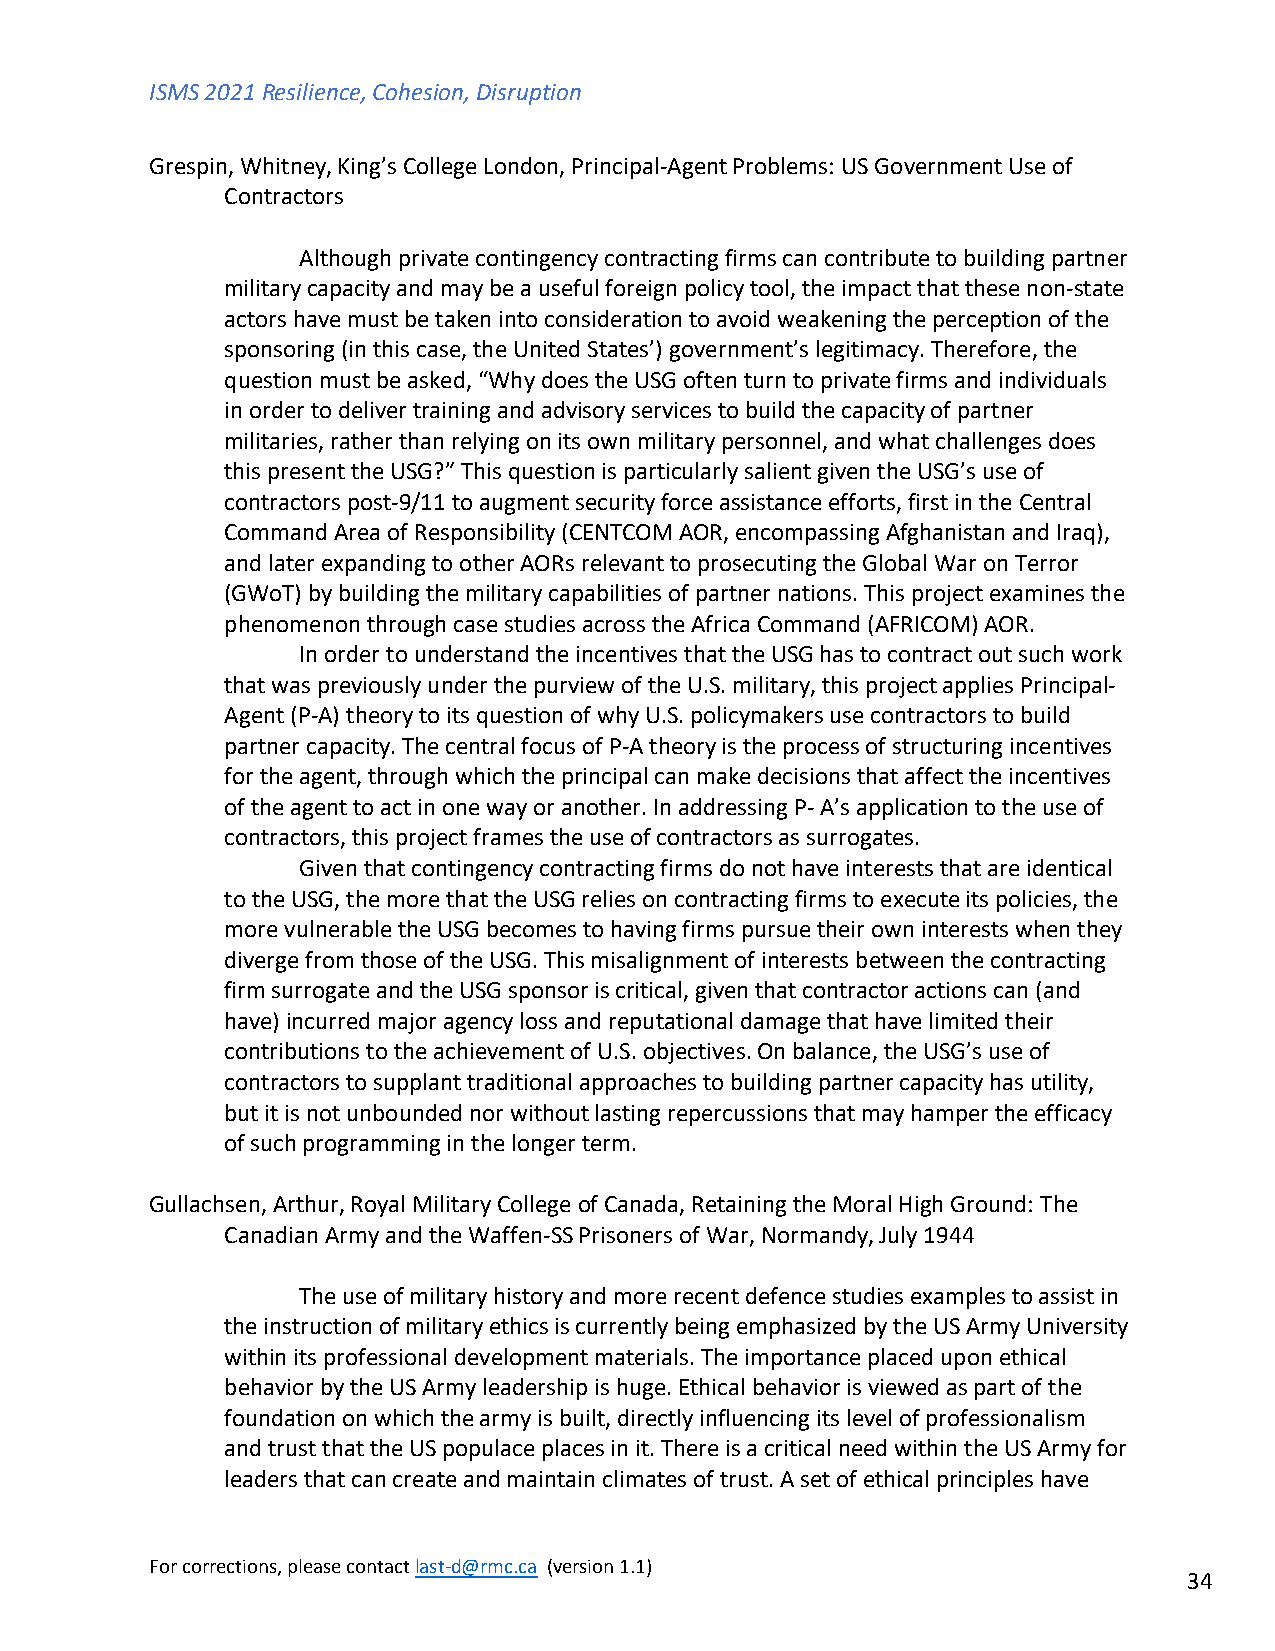
ISMS 2021 Resilience, Cohesion, Disruption
 Grespin, Whitney, King’s College London, Principal-Agent Problems: US Government Use of
 Contractors
 Although private contingency contracting firms can contribute to building partner
 military capacity and may be a useful foreign policy tool, the impact that these non-state
 actors have must be taken into consideration to avoid weakening the perception of the
 sponsoring (in this case, the United States’) government’s legitimacy. Therefore, the
 question must be asked, “Why does the USG often turn to private firms and individuals
 in order to deliver training and advisory services to build the capacity of partner
 militaries, rather than relying on its own military personnel, and what challenges does
 this present the USG?” This question is particularly salient given the USG’s use of
 contractors post-9/11 to augment security force assistance efforts, first in the Central
 Command Area of Responsibility (CENTCOM AOR, encompassing Afghanistan and Iraq),
 and later expanding to other AORs relevant to prosecuting the Global War on Terror
 (GWoT) by building the military capabilities of partner nations. This project examines the
 phenomenon through case studies across the Africa Command (AFRICOM) AOR.
 In order to understand the incentives that the USG has to contract out such work
 that was previously under the purview of the U.S. military, this project applies Principal-
 Agent (P-A) theory to its question of why U.S. policymakers use contractors to build
 partner capacity. The central focus of P-A theory is the process of structuring incentives
 for the agent, through which the principal can make decisions that affect the incentives
 of the agent to act in one way or another. In addressing P- A’s application to the use of
 contractors, this project frames the use of contractors as surrogates.
 Given that contingency contracting firms do not have interests that are identical
 to the USG, the more that the USG relies on contracting firms to execute its policies, the
 more vulnerable the USG becomes to having firms pursue their own interests when they
 diverge from those of the USG. This misalignment of interests between the contracting
 firm surrogate and the USG sponsor is critical, given that contractor actions can (and
 have) incurred major agency loss and reputational damage that have limited their
 contributions to the achievement of U.S. objectives. On balance, the USG’s use of
 contractors to supplant traditional approaches to building partner capacity has utility,
 but it is not unbounded nor without lasting repercussions that may hamper the efficacy
 of such programming in the longer term.
 Gullachsen, Arthur, Royal Military College of Canada, Retaining the Moral High Ground: The
 Canadian Army and the Waffen-SS Prisoners of War, Normandy, July 1944
 The use of military history and more recent defence studies examples to assist in
 the instruction of military ethics is currently being emphasized by the US Army University
 within its professional development materials. The importance placed upon ethical
 behavior by the US Army leadership is huge. Ethical behavior is viewed as part of the
 foundation on which the army is built, directly influencing its level of professionalism
 and trust that the US populace places in it. There is a critical need within the US Army for
 leaders that can create and maintain climates of trust. A set of ethical principles have
 For corrections, please contact last-d@rmc.ca (version 1.1)
 34